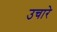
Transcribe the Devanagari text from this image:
उचारे